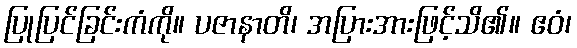
ပြုပြင်ခြင်းကံကို။ ပဇာနာတိ၊ အပြားအားဖြင့်သိ၏။ ဧဝံ၊